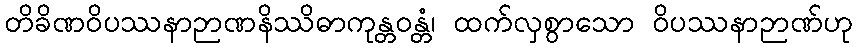
တိခိဏဝိပဿနာဉာဏနိဿိဓာကုန္တဝန္တံ၊ ထက်လှစွာသော ဝိပဿနာဉာဏ်ဟု